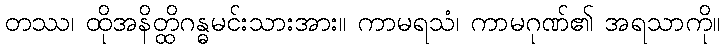
တဿ၊ ထိုအနိတ္ထိဂန္ဓမင်းသားအား။ ကာမရသံ၊ ကာမဂုဏ်၏ အရသာကို။